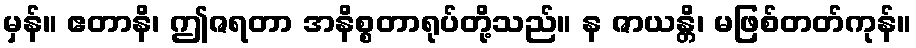
မှန်။ ဧတာနိ၊ ဤဇရတာ အနိစ္စတာရုပ်တို့သည်။ န ဇာယန္တိ၊ မဖြစ်တတ်ကုန်။